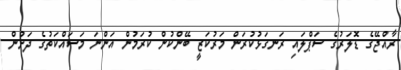
ރާއްޖޭގެ ޑޮލަރުގެ ސަޕްލައި ރަނގަޅުކުރަން މަރުކަޒީ ބޭންކުން ކުރަމުން އަންނަ މަސައްކަތުގެ ދަށުން